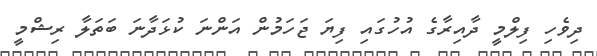
ދިވެހި ފިލްމީ ދާއިރާގެ އުހުގައި ފިޔަ ޖަހަމުން އަންނަ ކުޅަދާނަ ބަތަލާ ރިޝްމީ